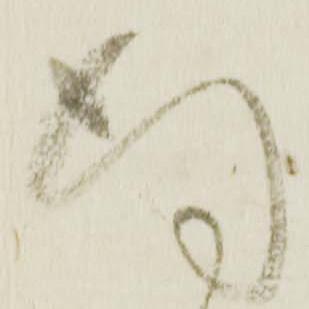
謹